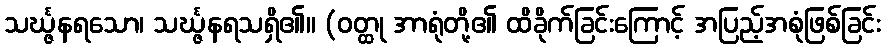
သင်္ဃ္ဇနရသော၊ သင်္ဃ္ဇနရသရှိ၏။ (ဝတ္ထု အာရုံတို့၏ ထိခိုက်ခြင်းကြောင့် အပြည့်အစုံဖြစ်ခြင်း